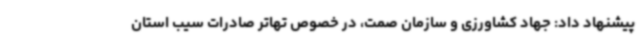
پیشنهاد داد: جهاد کشاورزی و سازمان صمت، در خصوص تهاتر صادرات سیب استان